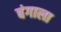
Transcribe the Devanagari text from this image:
बंगाला